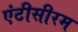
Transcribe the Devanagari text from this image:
एंटीसीरम